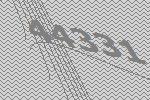
44331